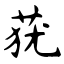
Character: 莸